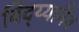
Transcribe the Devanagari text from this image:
विद्य्यानैव